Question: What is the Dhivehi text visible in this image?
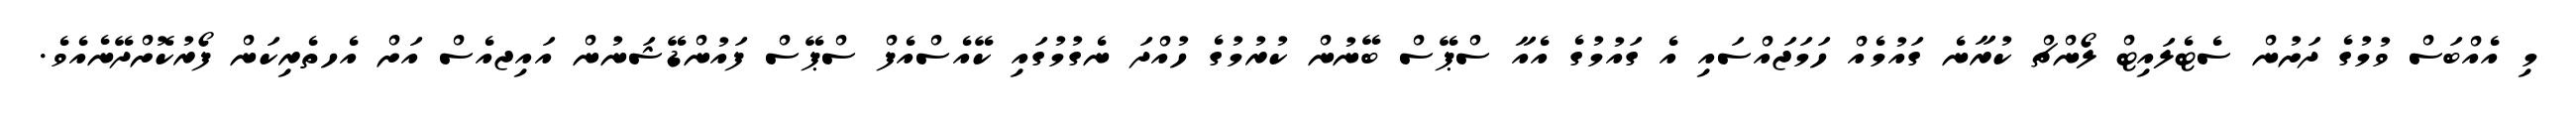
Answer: މި އެއްބަސް ވުމުގެ ދަށުން ސެޓެލައިޓް ލޯންޗް ކުރާނެ ގައުމެއް ހަމަޖައްސައި އެ ގައުމުގެ އެއާ ސްޕޭސް ބޭނުން ކުރުމުގެ ހުއްދަ ނެގުމުގައި ކޭއެސްއެފް ސްޕޭސް ފައުންޑޭޝަނުން އައިޖއެސް އަށް އެހތެރިކަން ފޯރުކޮށްދޭނެއެވެ.